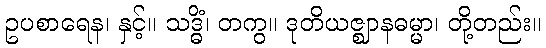
ဥပစာရေန၊ နှင့်။ သဒ္ဓိံ၊ တကွ။ ဒုတိယဇ္ဈာနဓမ္မာ၊ တို့တည်း။